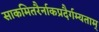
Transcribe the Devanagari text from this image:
साकमितरैर्नाकप्रदैर्गम्यताम्